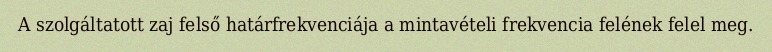
A szolgáltatott zaj felső határfrekvenciája a mintavételi frekvencia felének felel meg.